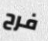
فرح